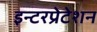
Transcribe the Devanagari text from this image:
इन्टरप्रेटेशन